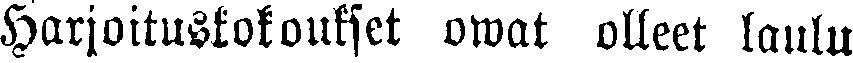
Harjoituskokoukset owat olleet laulu